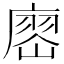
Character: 𢊞